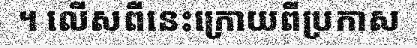
។ លើសពីនេះក្រោយពីប្រកាស